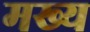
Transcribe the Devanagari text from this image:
मख्य